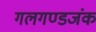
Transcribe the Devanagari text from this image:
गलगण्डजंक